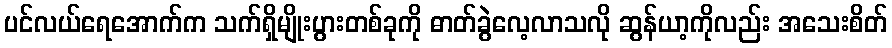
ပင်လယ်ရေအောက်က သက်ရှိမျိုးပွားတစ်ခုကို ဓာတ်ခွဲလေ့လာသလို ဆွန်ယာ့ကိုလည်း အသေးစိတ်